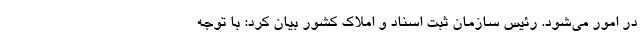
در امور می‌شود. رئیس سازمان ثبت اسناد و املاک کشور بیان کرد: با توجه